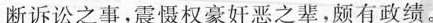
断诉讼之事，震慑权豪奸恶之辈，颇有政绩。